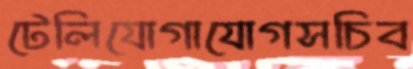
টেলিযোগাযোগসচিব